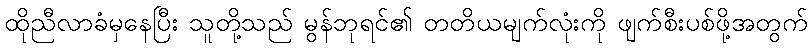
ထိုညီလာခံမှနေပြီး သူတို့သည် မွန်ဘုရင်၏ တတိယမျက်လုံးကို ဖျက်စီးပစ်ဖို့အတွက်